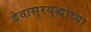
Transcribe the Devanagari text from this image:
देवासुरयुद्धाच्या